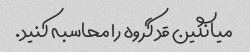
میانگین قد گروه را محاسبه کنید.